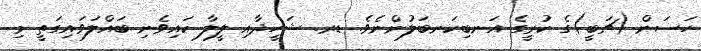
ހަސަން (ޗަބީ)ގެ ކުރީގެ އަނބިކަނބަލުންނެވެ. ޑރ. ޝަހީދާއި ލީލާ ކައިވެނި ބައްލަވައިގަތީ މި